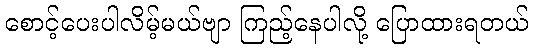
စောင့်ပေးပါလိမ့်မယ်ဗျာ ကြည့်နေပါလို့ ပြောထားရတယ်